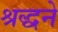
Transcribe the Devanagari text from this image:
श्रद्धने